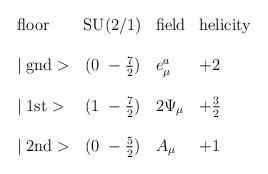
LaTeX: \begin{align*}\begin{array}{lcll}\mbox{floor} & \mbox{SU(2/1)} & \mbox{field} & \mbox{helicity} \\\\\mid \mbox{gnd}> & (0~-\frac{7}{2}) & e_\mu^a & +2 \\\\\mid \mbox{1st}> & (1~-\frac{7}{2}) & 2 \Psi_\mu & +\frac{3}{2} \\\\\mid \mbox{2nd}> & (0~-\frac{5}{2}) & A_\mu & +1 \\\end{array}\end{align*}